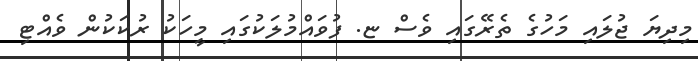
މިދިޔަ ޖުލައި މަހުގެ ތެރޭގައި ވެސް ޏ. ފުވައްމުލަކުގައި މީހަކު ރުކަކުން ވެއްޓި